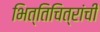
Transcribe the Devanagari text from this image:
भित्तिचित्रांची